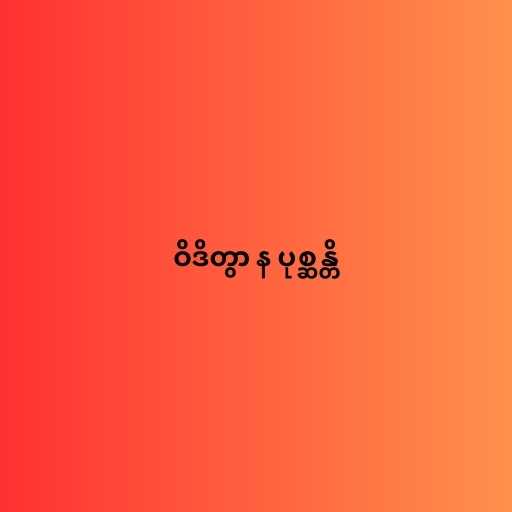
ဝိဒိတွာ န ပုစ္ဆန္တိ